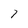
Character: 7